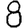
Digit: 8